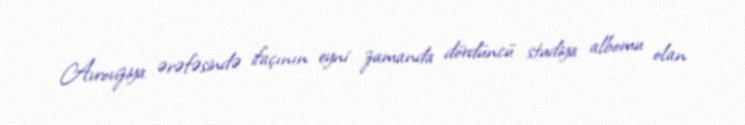
Avroviziya ərəfəsində ifaçının eyni zamanda dördüncü studiya albomu olan